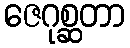
ဇေဂုစ္ဆတာ